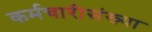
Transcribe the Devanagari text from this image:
कर्मचारीसंख्या